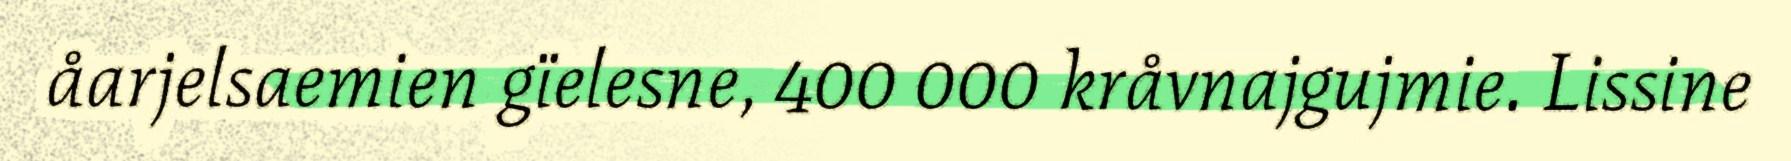
åarjelsaemien gïelesne, 400 000 kråvnajgujmie. Lissine